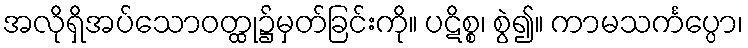
အလိုရှိအပ်သောဝတ္ထု၌မှတ်ခြင်းကို။ ပဋိစ္စ၊ စွဲ၍။ ကာမသင်္ကပ္ပော၊